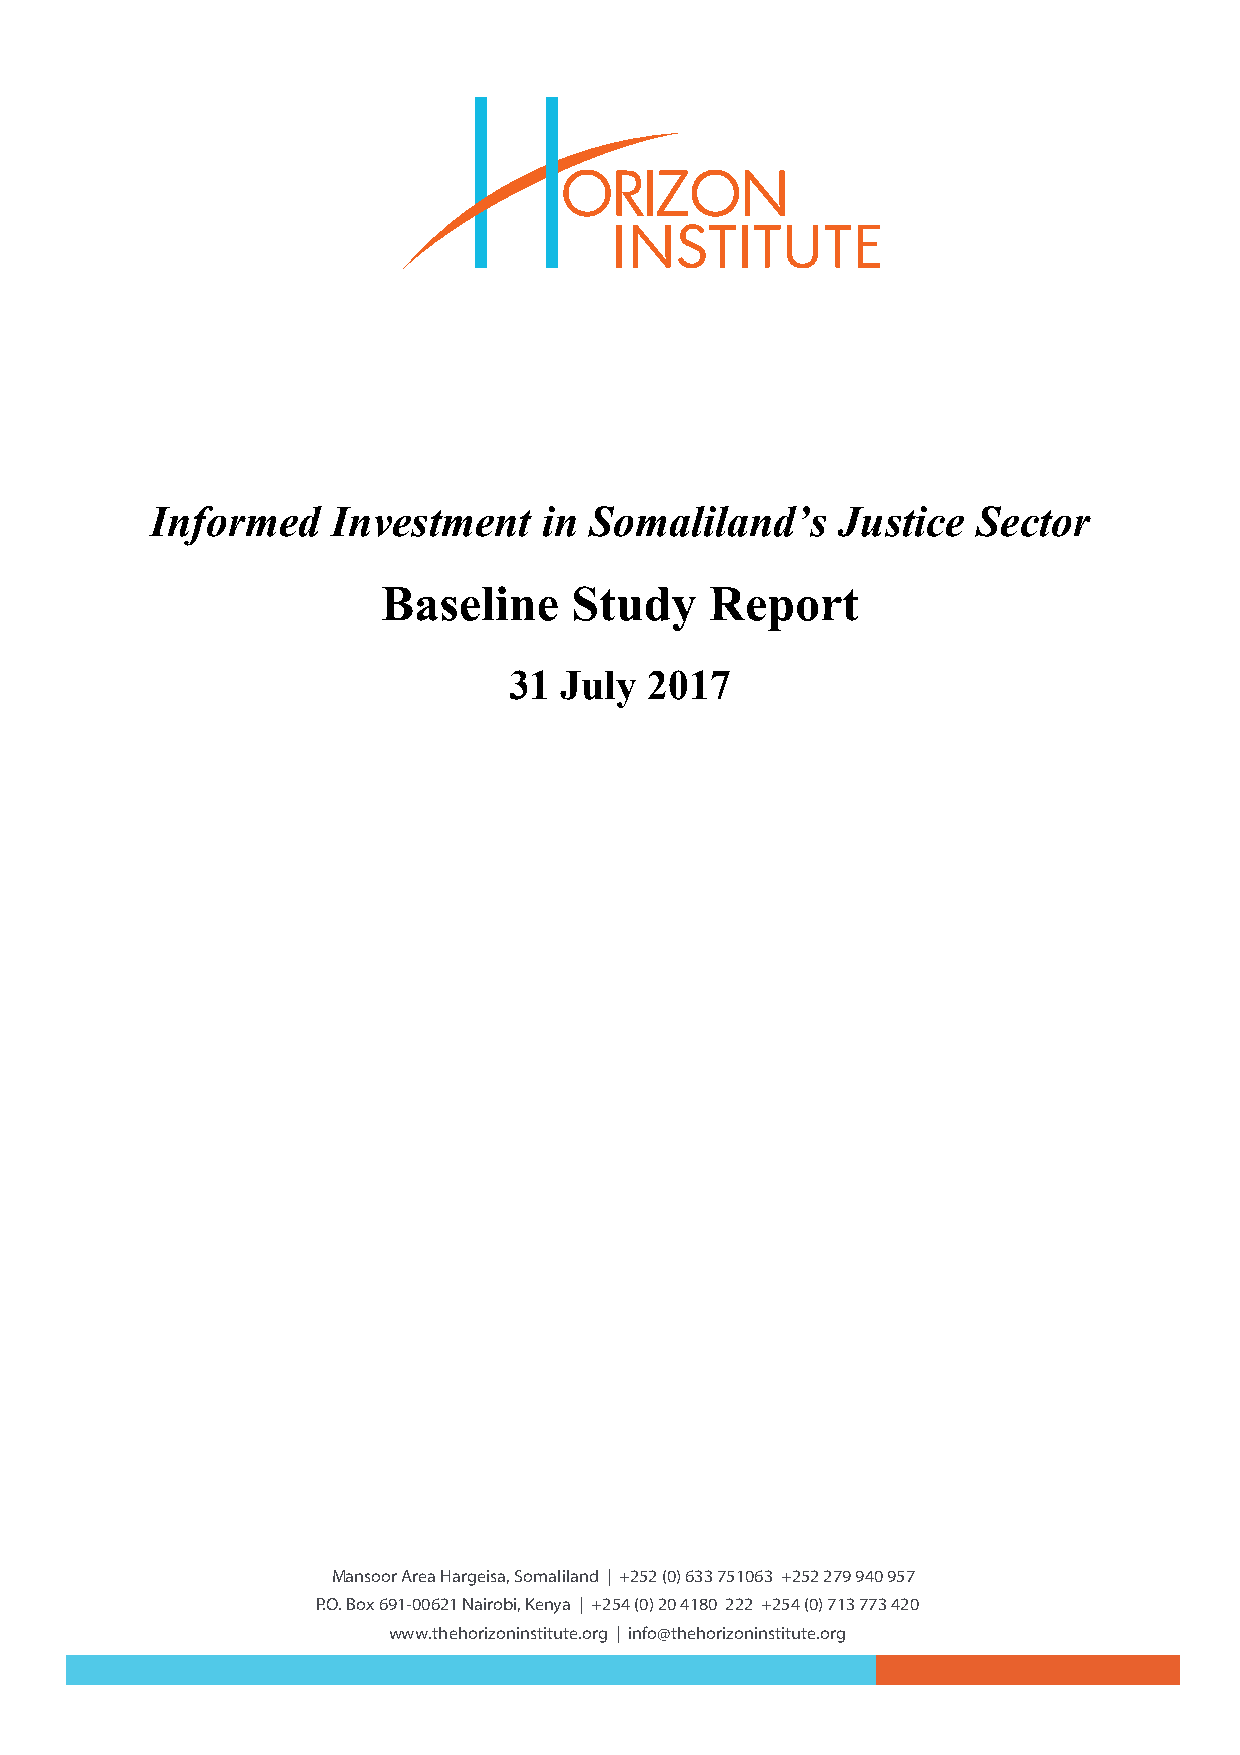
Informed    Investment    in Somaliland’s    Justice   Sector
 Baseline     Study    Report
 31 July  2017
 Mansoor Area Hargeisa, Somaliland | +252 (0) 633 751063 +252 279 940 957
 P.O. Box 691-00621 Nairobi, Kenya | +254 (0) 20 4180 222 +254 (0) 713 773 420
 www.thehorizoninstitute.org | info@thehorizoninstitute.org